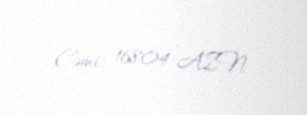
Cəmi: 16804 AZN